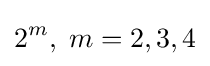
2^{m},\;m=2,3,4